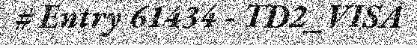
# Entry 61434 - TD2_VISA